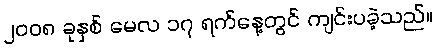
၂၀၀၈ ခုနှစ် မေလ ၁၇ ရက်နေ့တွင် ကျင်းပခဲ့သည်။